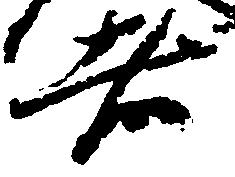
者